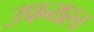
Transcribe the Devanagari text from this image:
उपन्यस्त